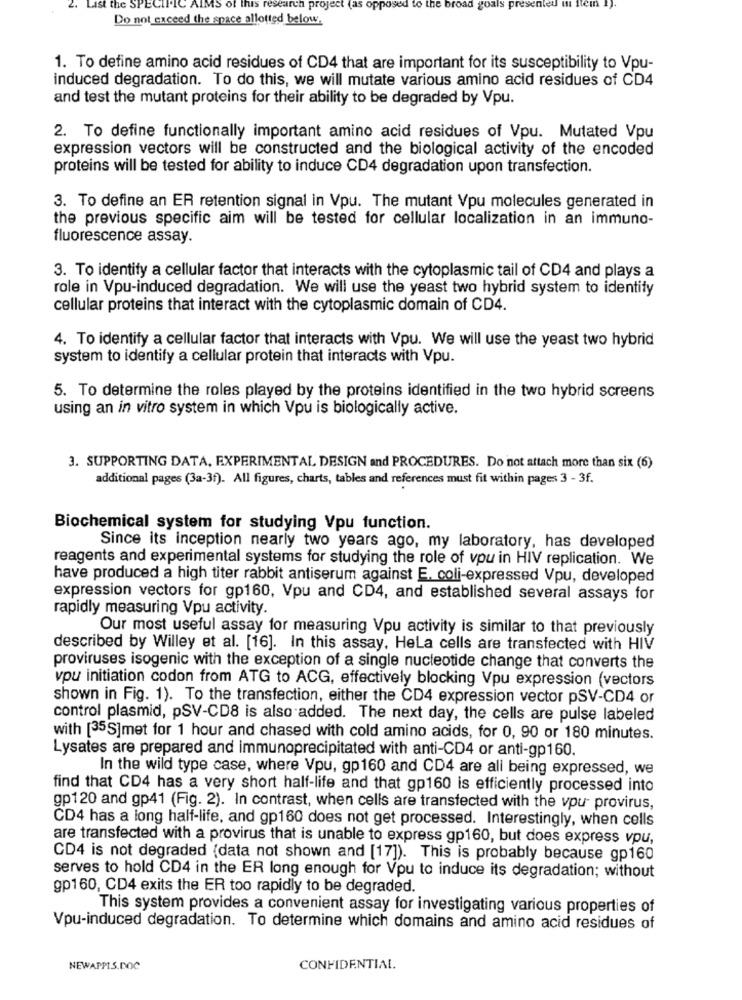
the SP
search project
opposed to the broad
goals presented u
item 1).
Do not exceed the space allotted below.
1. To define amino acid residues of CD4 that are important for its susceptibility to Vpu-
induced degradation. To do this, we will mutate various amino acid residues of CD4
and test the mutant proteins for their ability to be degraded by Vpu.
2. To define functionally important amino acid residues of Vpu. Mutated Vpu
expression vectors will be constructed and the biological activity of the encoded
proteins will be tested for ability to induce CD4 degradation upon transfection.
3. To define an ER retention signal in Vpu. The mutant Vpu molecules generated in
the previous specific aim will be tested for cellular localization in an immuno-
fluorescence assay.
3. To identify a cellular factor that interacts with the cytoplasmic tail of CD4 and plays a
role in Vpu-induced degradation. We will use the yeast two hybrid system to identity
cellular proteins that interact with the cytoplasmic domain of CD4.
4. To identify a cellular factor that interacts with Vpu. We will use the yeast two hybrid
system to identify a cellular protein that interacts with Vpu.
5. To determine the roles played by the proteins identified in the two hybrid screens
using an in vitro system in which Vpu is biologically active.
3. SUPPORTING DATA, EXPERIMENTAL DESIGN and PROCEDURES. Do not attach more than six (6)
additional pages (3a-3f). All figures, charts, tables and references must fit within pages 3 - 3f.
Biochemical system for studying Vpu function.
Since its inception nearly two years ago, my laboratory, has developed
reagents and experimental systems for studying the role of vpu in HIV replication. We
have produced a high titer rabbit antiserum against E. coli-expressed Vpu, developed
expression vectors for gp160, Vpu and CD4, and established several assays for
rapidly measuring Vpu activity.
Our most useful assay for measuring Vpu activity is similar to that previously
described by Willey et al. [16]. In this assay. Hela cells are transfected with HIV
proviruses isogenic with the exception of a single nucleotide change that converts the
vpu initiation codon from ATG to ACG, effectively blocking Vpu expression (vectors
shown in Fig. 1). To the transfection, either the CD4 expression vector pSV-CD4 or
control plasmid, pSV-CD8 is also added. The next day, the cells are pulse labeled
with [35S]met for 1 hour and chased with cold amino acids, for 0, 90 or 180 minutes.
Lysates are prepared and immunoprecipitated with anti-CD4 or anti-gp160.
In the wild type case, where Vpu, gp160 and CD4 are all being expressed, we
find that CD4 has a very short half-life and that gp160 is efficiently processed into
gp120 and gp41 (Fig. 2). In contrast, when cells are transfected with the vpu- provirus,
CD4 has a long half-life, and gp160 does not get processed. Interestingly, when cells
are transfected with a provirus that is unable to express gp160, but does express vpu,
CD4 is not degraded (data not shown and [17]). This is probably because gp160
serves to hold CD4 in the ER long enough for Vpu to induce its degradation; without
gp160, CD4 exits the ER too rapidly to be degraded.
This system provides a convenient assay for investigating various properties of
Vpu-induced degradation. To determine which domains and amino acid residues of
NEWAPPIS.DOC
CONFIDENTIAL.